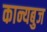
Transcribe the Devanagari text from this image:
कान्यबुज